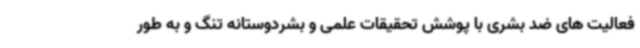
فعالیت های ضد بشری با پوشش تحقیقات علمی و بشردوستانه تنگ و به طور